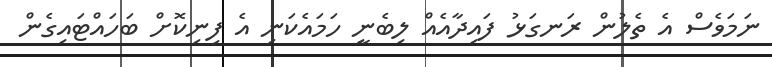
ނަމަވެސް އެ ތެލުން ރަނގަޅު ފައިދާއެއް ލިބެނީ ހަމައެކަނި އެ ފިނިކޮށް ބަހައްޓައިގެން